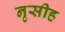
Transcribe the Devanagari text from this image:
नृसीह